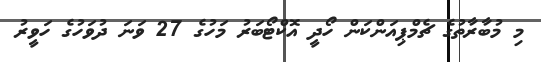
މި މުބާރާތުގެ ޗެމްޕިއަންކަން ހޯދީ އޮކްޓޯބަރު މަހުގެ 27 ވަނަ ދުވަހުގެ ހަވީރު